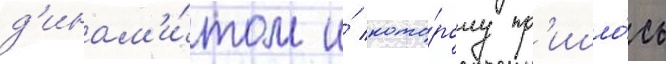
д'инам'и́том и́ кото́рому пр'ишло́сь